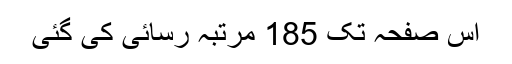
اِس صفحہ تک 185 مرتبہ رسائی کی گئی